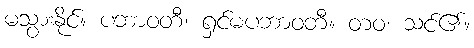
မသွားနိုင်။ ပဘာဝတီ၊ ရှင်မပဘာဝတီ။ တဝ၊ သင်၏။